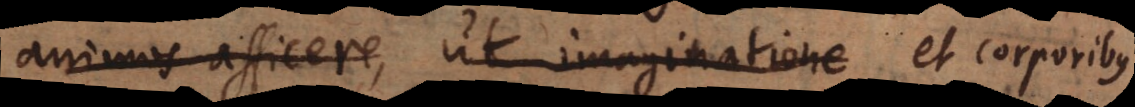
animos afficere, ut imaginatione optatam